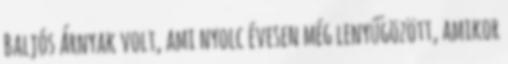
Baljós Árnyak volt, ami nyolc évesen még lenyűgözött, amikor